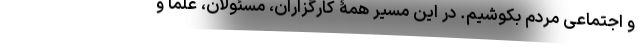
و اجتماعی مردم بکوشیم. در این مسیر همۀ کارگزاران، مسئولان، علما و